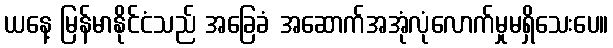
ယနေ့ မြန်မာနိုင်ငံသည် အခြေခံ အဆောက်အအုံလုံလောက်မှုမရှိသေးပေ။